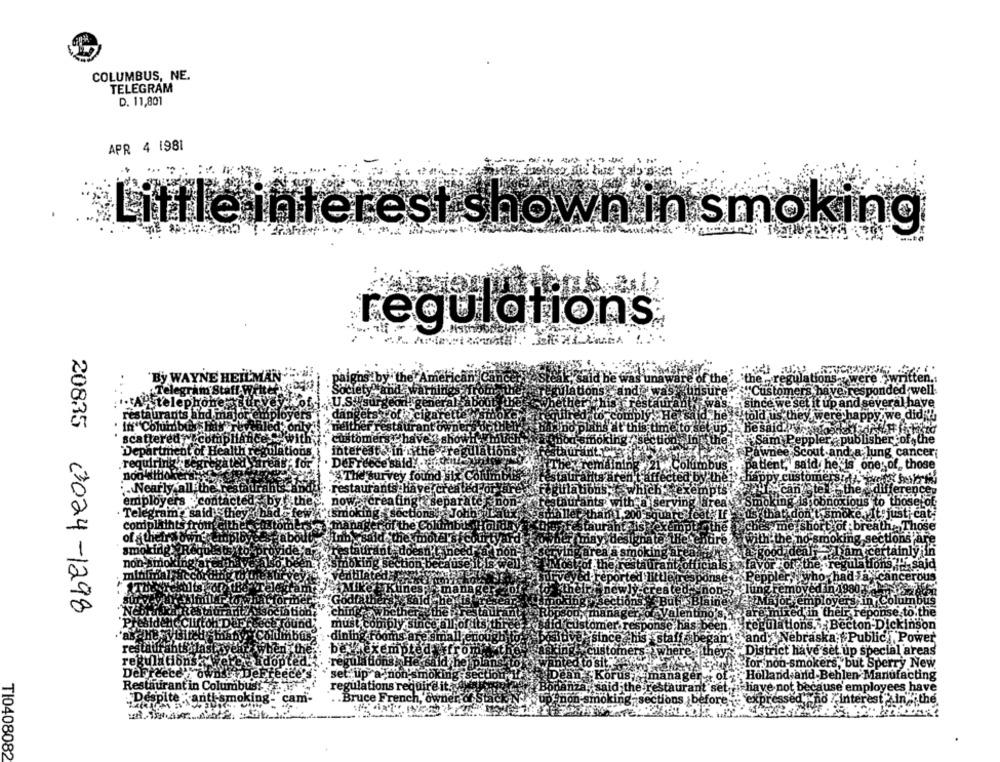
COLUMBUS, NE.
TELEGRAM
D. 11,801
APR 4 1981
Little interest shown in smoking
regulations
20835
Nearly all the
employers : contacted
,the
Telegram, said they
&don't
complaints fromg
of a theird ownge
smoking. Roque
tau
ant do
smoking
non-smok
smoking's
minfinal-acco
reat
Blaine
.ching wbethe
3024-1298
itino's.
hixed in their reponse to the
must comply si
been . regulations. Becton-Dickinson
dining rooms ar
began'S and Nebraska Public,Power
they
"District have set up special areas
for non-smokers, but Sperry New
DeFreecen owd ... DeFreece'
set up a non smoking;
er of Holland and Behlen Manufacting
Restaurant in Columbus!
regulations require it.
ant set i have not because employees have
Despite
grant smoking- cam-
. . Bruce French, owner of Stack
before-
expressed >no ?interest in the
TI0408082